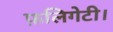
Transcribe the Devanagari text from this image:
फ़लिगेटी।